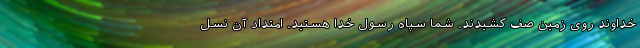
خداوند روی زمین صف کشیدند. شما سپاه رسول خدا هستید. امتداد آن نسل